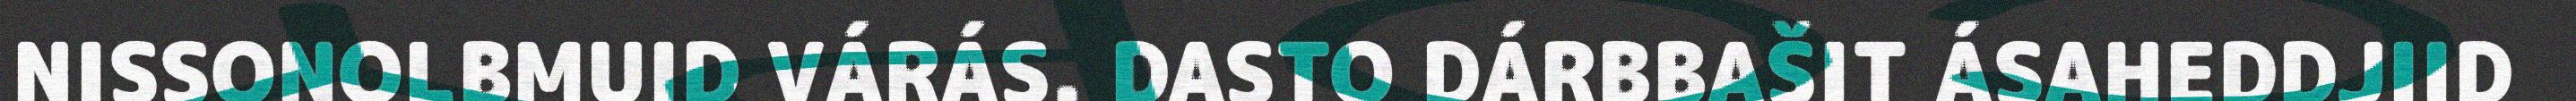
NISSONOLBMUID VÁRÁS. DASTO DÁRBBAŠIT ÁSAHEDDJIID